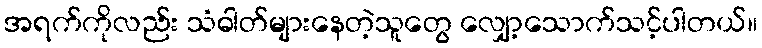
အရက်ကိုလည်း သံဓါတ်များနေတဲ့သူတွေ လျှော့သောက်သင့်ပါတယ်။